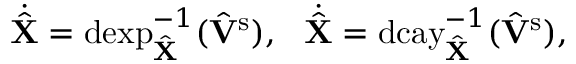
\dot { \hat { \mathbf { X } } } = \mathrm { d e x p } _ { \hat { \mathbf { X } } } ^ { - 1 } ( \hat { \mathbf { V } } { ^ { \mathrm { s } } } ) , \ \ \dot { \hat { \mathbf { X } } } = \mathrm { d c a y } _ { \hat { \mathbf { X } } } ^ { - 1 } ( \hat { \mathbf { V } } { ^ { \mathrm { s } } } ) ,